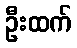
ဦးထက်